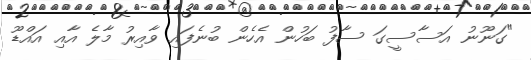
"ގަނޫނު އަސާސީގަ ސާފު ބަހުން އެހެން ބުނެފައި ވާއިރު މާލެ އާއި އައްޑޫ